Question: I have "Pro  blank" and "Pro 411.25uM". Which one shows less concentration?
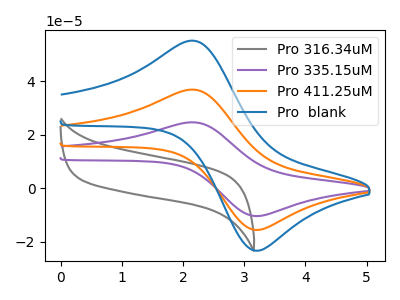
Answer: <think>The gray curve "Pro 316.34uM" has no peaks. The purple curve "Pro 335.15uM" has an anodic peak at (2.15V, 73.80uA) and a cathodic peak at (3.20V, -31.30uA). The orange curve "Pro 411.25uM" has an anodic peak at (2.15V, 36.90uA) and a cathodic peak at (3.20V, -15.65uA). The blue curve "Pro  blank" has an anodic peak at (2.15V, 55.20uA) and a cathodic peak at (3.20V, -23.45uA).
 All the peaks in "Pro  blank" have a peak in "Pro 411.25uM" at the same potential. Every peak in "Pro  blank" is higher than every peak in "Pro 411.25uM".</think>
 <answer>"Pro  blank" has more signal than "Pro 411.25uM" and so likely has a higher concentration.</answer>
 <eval>more_concentration</eval>